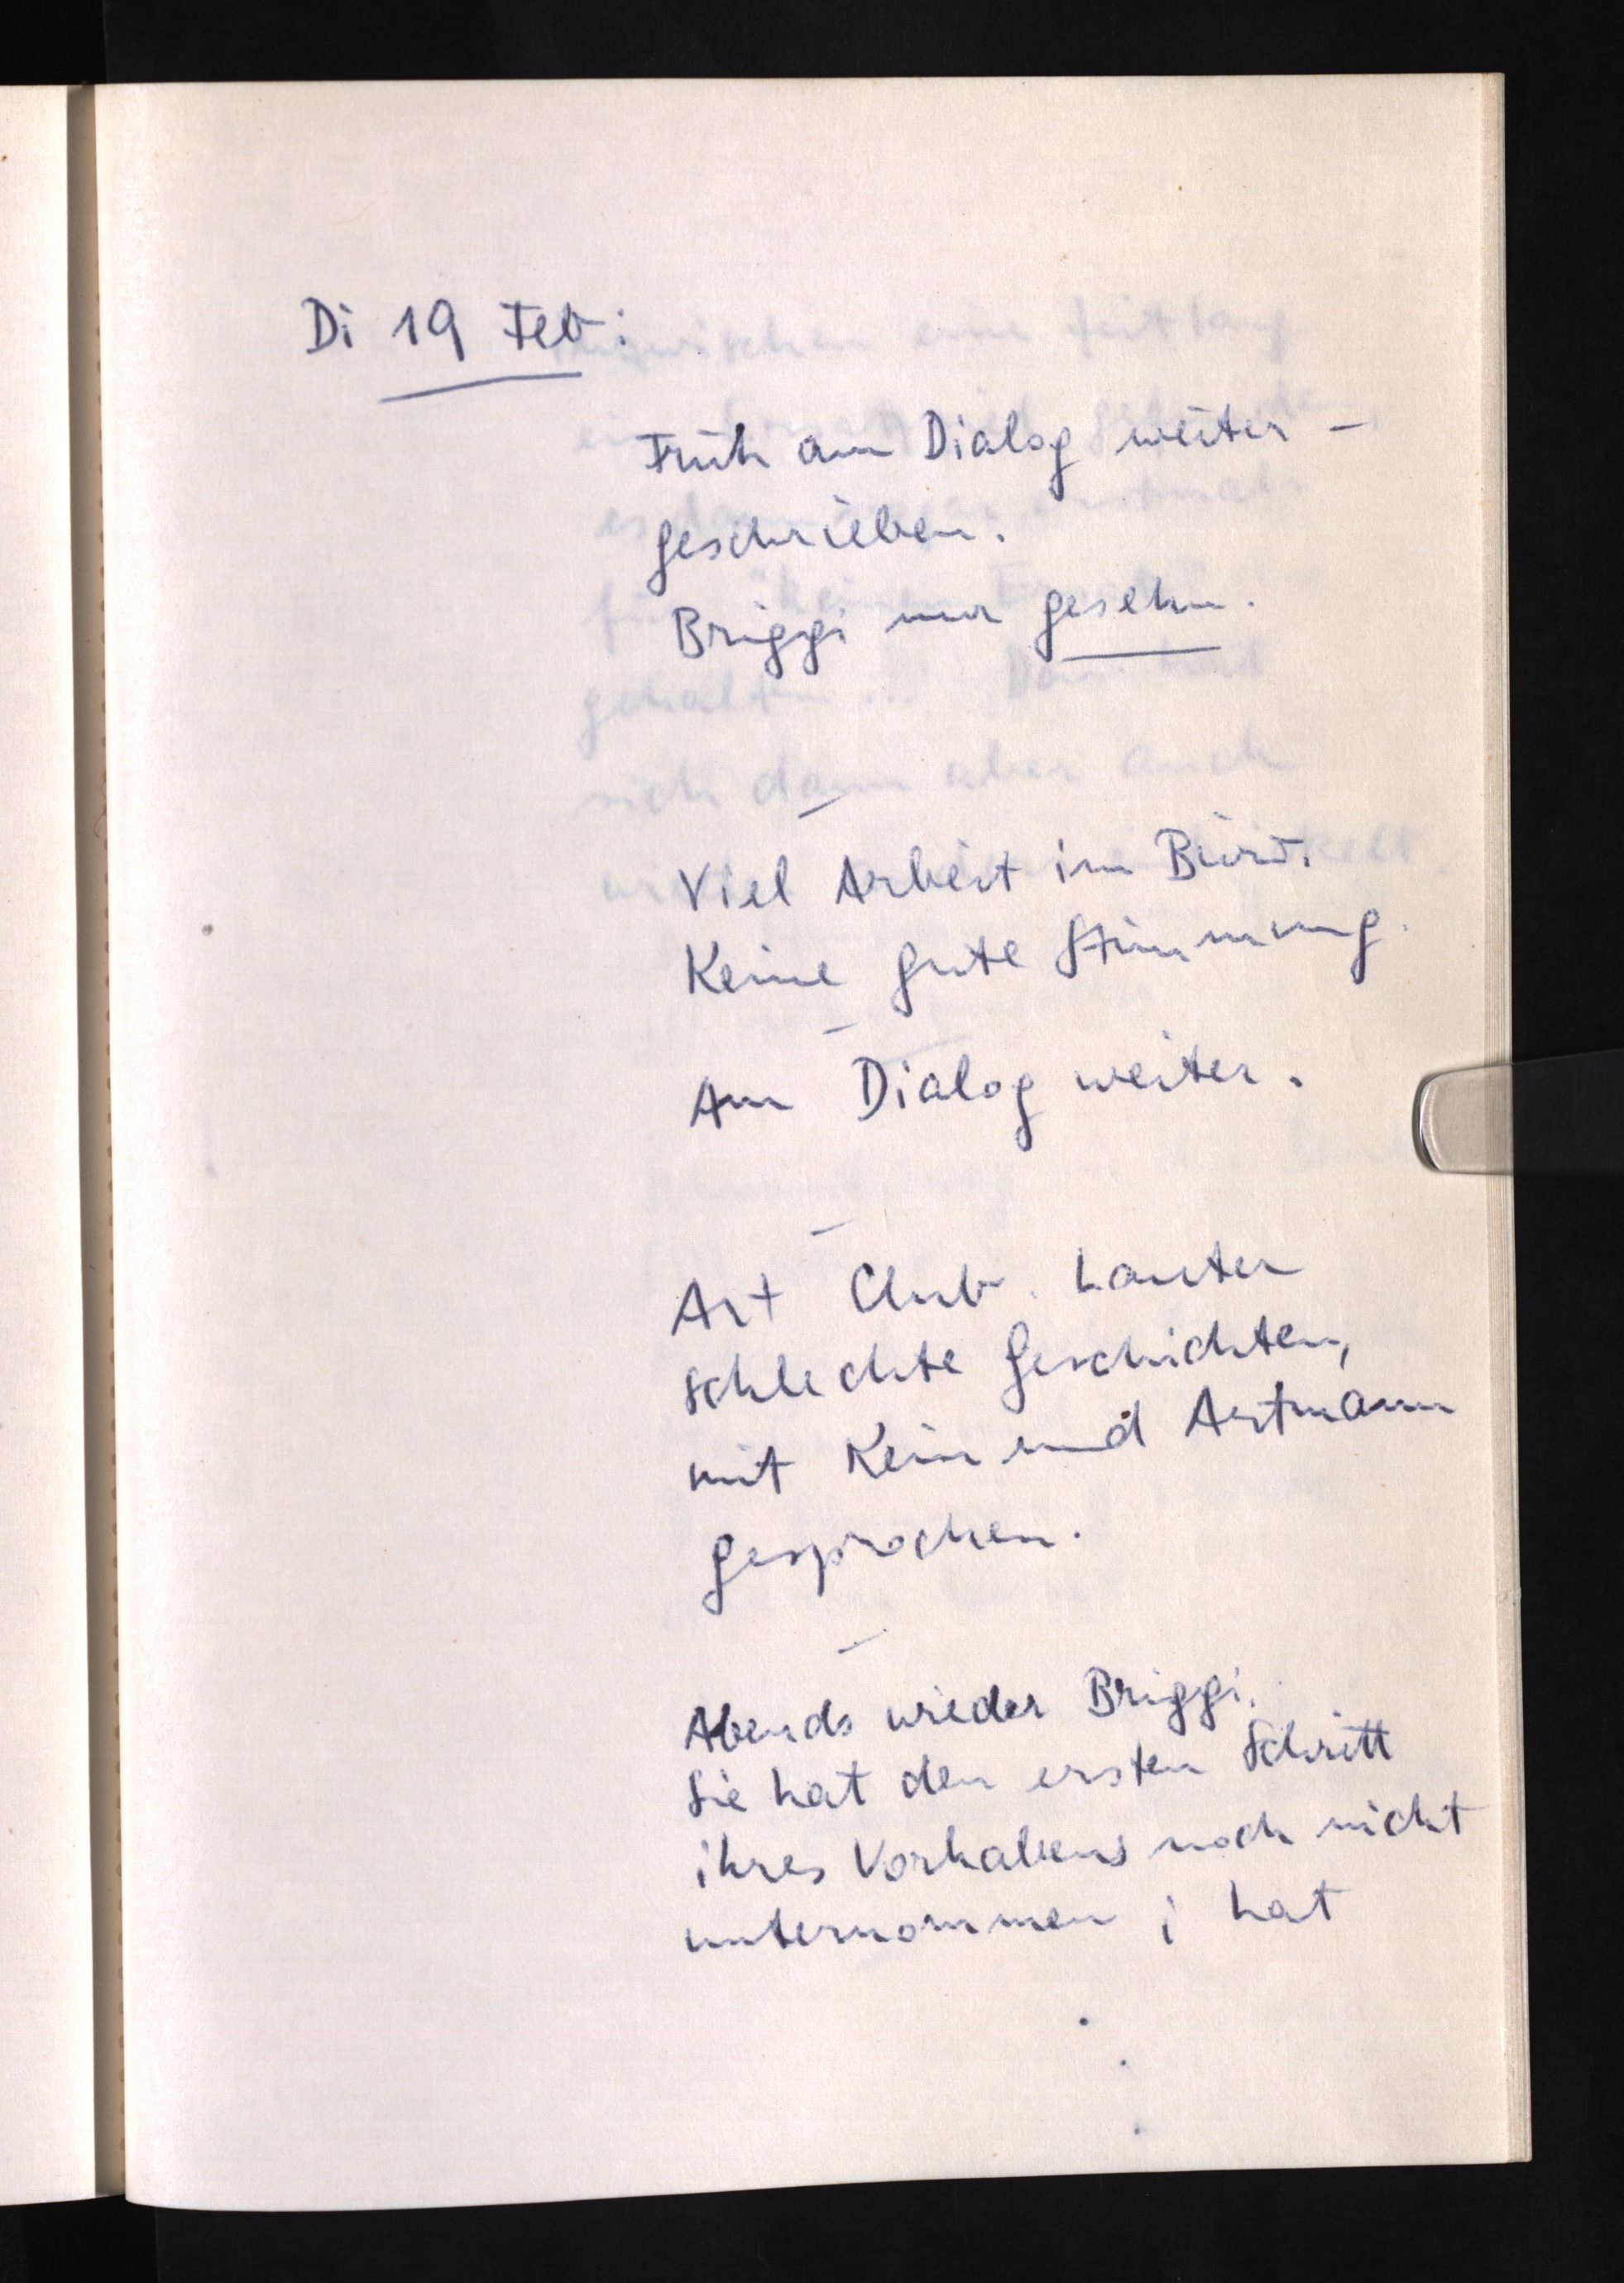
Di 19 Feb:
Früh am Dialog weiter¬
geschrieben.
Briggi nur gesehn.
Viel Arbeit im Büro.
Keine gute Stimmung.
Am Dialog weiter.
Art Club. Lauter
schlechte Geschichten,
mit Kein und Artmann
gesprochen.
Abends wieder Briggi.
Sie hat den ersten Schritt
ihres Vorhabens noch nicht
unternommen; hat